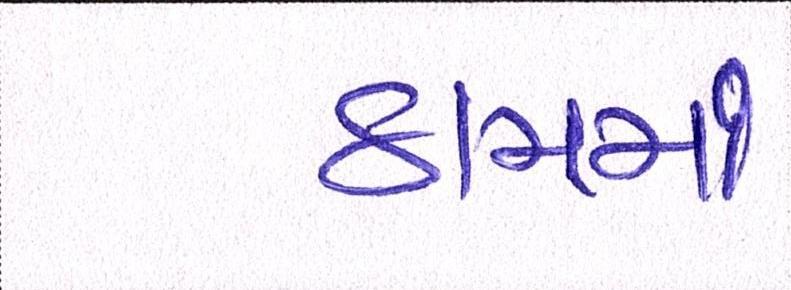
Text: ઠામમાં